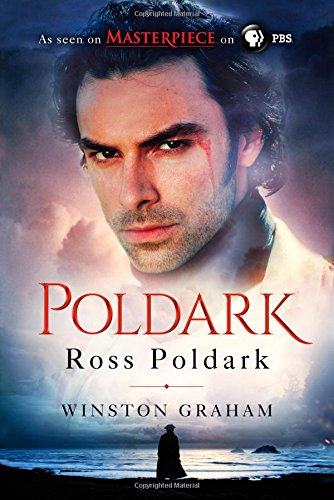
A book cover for Ross Poldark: A Novel of Cornwall, 1783-1787; Winston Graham; Literature & Fiction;